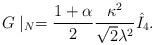
LaTeX: \begin{align*}G\mid_N = {1 + \alpha \over 2} {\kappa^2 \over \sqrt{2} \lambda^2}\hat{I}_4.\end{align*}